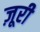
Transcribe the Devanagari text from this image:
ज़ूरी